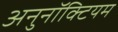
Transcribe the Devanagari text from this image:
अनुनॉक्टियम